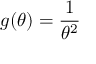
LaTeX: g ( \theta ) = { \frac { 1 } { \theta ^ { 2 } } }